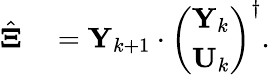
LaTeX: \begin{array}{rl}{\hat{{\mathbf\Xi}}}&{{}={\mathbf Y}_{k+1}\cdot\left(\begin{array}{l}{{\mathbf Y}_{k}}\\ {{\mathbf U}_{k}}\end{array}\right)^{\dagger}.}\end{array}